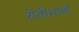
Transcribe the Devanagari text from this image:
रीतीभाती